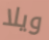
ويلا